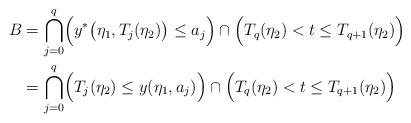
LaTeX: \begin{align*} B&=\bigcap_{j=0}^{q}\Bigl(y^{*}\bigl(\eta_{1},T_{j}(\eta_{2})\bigr)\le a_{j}\Bigr)\cap \Bigl(T_{q}(\eta_{2})<t\le T_{q+1}(\eta_{2})\Bigr)\\ &=\bigcap_{j=0}^{q}\Bigl(T_{j}(\eta_{2})\le y(\eta_{1},a_{j})\Bigr)\cap \Bigl(T_{q}(\eta_{2})<t\le T_{q+1}(\eta_{2})\Bigr) \end{align*}